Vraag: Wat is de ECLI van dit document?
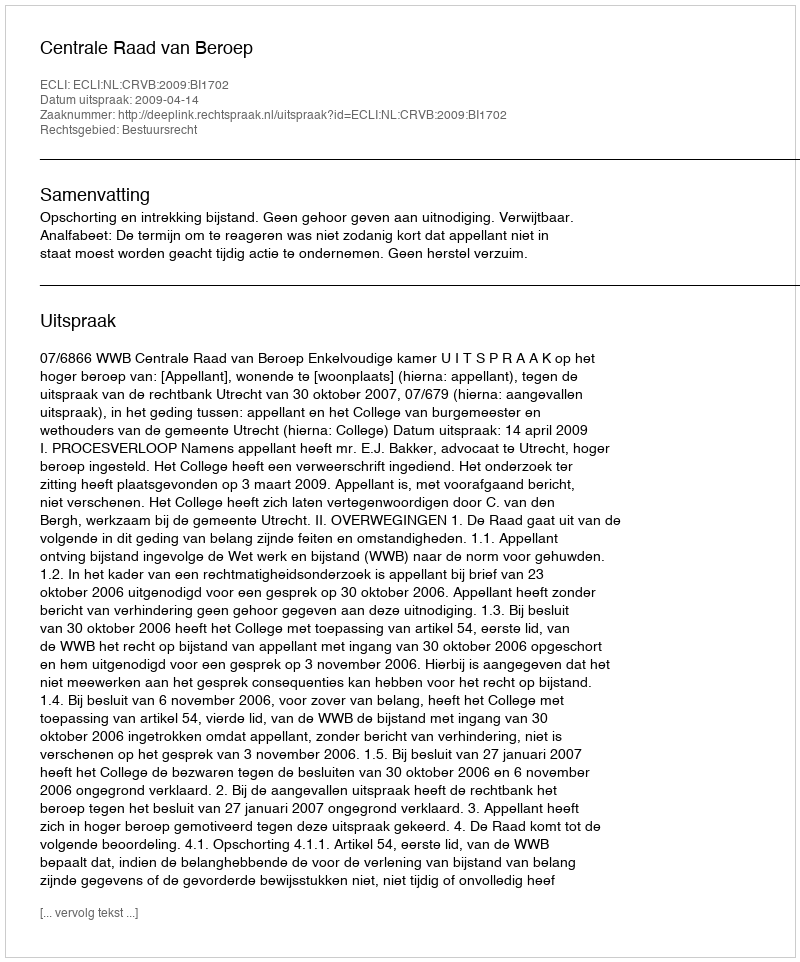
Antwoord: ECLI:NL:CRVB:2009:BI1702